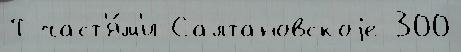
Т част'я́м'и Салтановскоjе 300